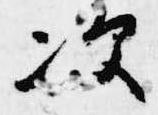
次